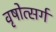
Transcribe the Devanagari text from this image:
वृषोत्सर्ग